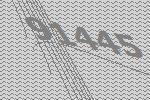
91445